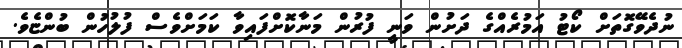
ނުދެވޭގޮތަށް ކޯޓު އަމުރެއްގެ ދަށުން ވަނީ ފުރުން މަނާކޮށްފައިވާ ކަމަށްވެސް ފުލުހުން ބުންޏެވެ.